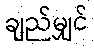
ချည်မျှင်